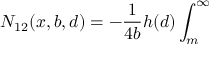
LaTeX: N _ { 1 2 } ( x , b , d ) = - \frac { 1 } { 4 b } h ( d ) \int _ { m } ^ { \infty }